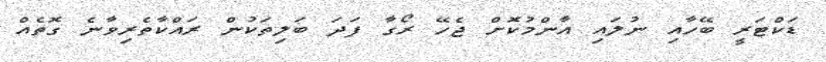
ޑަކްޓަރީ ބޭހާއި ނުލައި އާންމުކޮށް ޖެހޭ ރޯގާ ފަދަ ބަލިތަކުން ރައްކާތެރިވާނެ ގޮތެއް